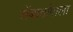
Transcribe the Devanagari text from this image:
सेंबावांगाला